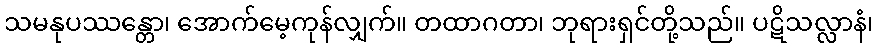
သမနုပဿန္တော၊ အောက်မေ့ကုန်လျှက်။ တထာဂတာ၊ ဘုရားရှင်တို့သည်။ ပဋိသလ္လာနံ၊